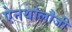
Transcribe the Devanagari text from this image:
ऐनथोलौजी